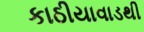
કાઠીયાવાડથી